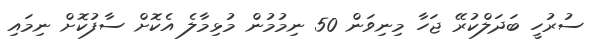
ސުރުހީ ބަދަލްކުރޭ ޖަހާ މިނިވަން 50 ނިމުމުން މުޅިމާލެ އެކޮށް ސާފުކޮށް ނިމައި